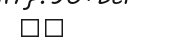
١٣